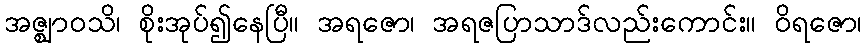
အဇ္ဈာဝသိ၊ စိုးအုပ်၍နေပြီ။ အရဇော၊ အရဇပြာသာဒ်လည်းကောင်း။ ဝိရဇော၊